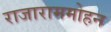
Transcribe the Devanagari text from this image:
राजाराममोहन